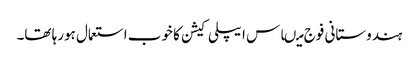
ہندوستانی فوج میںاس ایپلی کیشن کا خوب استعمال ہورہا تھا۔